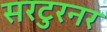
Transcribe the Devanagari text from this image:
सरटुरनर